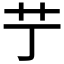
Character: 艼